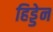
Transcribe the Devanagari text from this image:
हिड्डेन